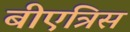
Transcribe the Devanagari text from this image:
बीएत्रिस